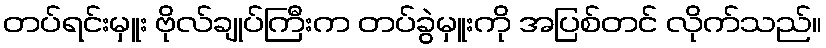
တပ်ရင်းမှူး ဗိုလ်ချုပ်ကြီးက တပ်ခွဲမှူးကို အပြစ်တင် လိုက်သည်။